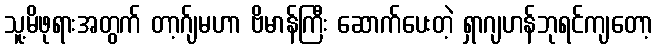
သူ့မိဖုရားအတွက် တာ့ဂ်ျမဟာ ဗိမာန်ကြီး ဆောက်ပေးတဲ့ ရှာဂျဟန်ဘုရင်ကျတော့